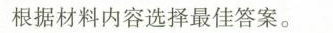
根据材料内容选择最佳答案.